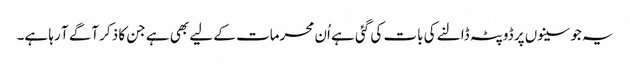
یہ جو سینوں پر ڈوپٹہ ڈالنے کی بات کی گئی ہے اُن محرمات کے لیے بھی ہے جن کا ذکر آگے آ رہا ہے۔